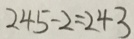
2 4 5 - 2 = 2 4 3